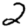
Digit: 2